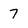
Character: 7